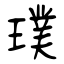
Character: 璞